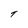
Character: T